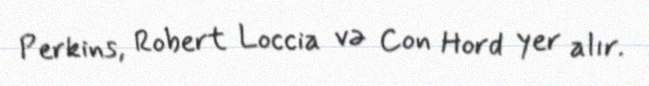
Perkins, Robert Loccia və Con Hord yer alır.